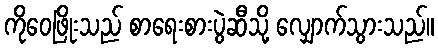
ကိုဝေဖြိုးသည် စာရေးစားပွဲဆီသို့ လျှောက်သွားသည်။